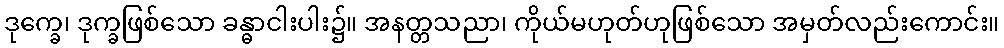
ဒုက္ခေ၊ ဒုက္ခဖြစ်သော ခန္ဓာငါးပါး၌။ အနတ္တသညာ၊ ကိုယ်မဟုတ်ဟုဖြစ်သော အမှတ်လည်းကောင်း။